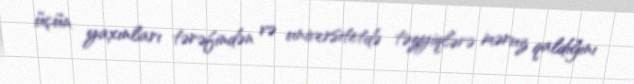
üçün yaxınları tərəfindən və universitetdə təzyiqlərə məruz qaldığını